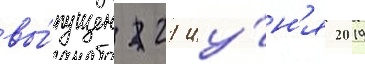
вы́пущен 21 иу́н'я 2019